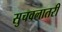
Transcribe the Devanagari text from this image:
सुचवलातरी